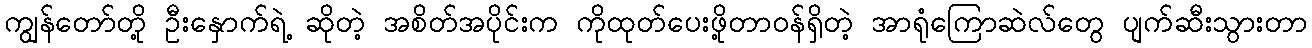
ကျွန်တော်တို့ ဦးနှောက်ရဲ့ ဆိုတဲ့ အစိတ်အပိုင်းက ကိုထုတ်ပေးဖို့တာဝန်ရှိတဲ့ အာရုံကြောဆဲလ်တွေ ပျက်ဆီးသွားတာ